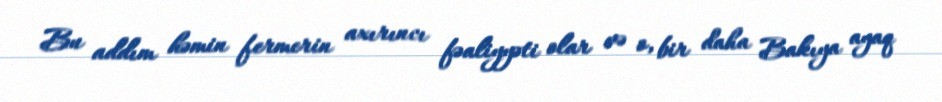
Bu addım həmin fermerin axırıncı fəaliyyəti olar və o, bir daha Bakıya ayaq